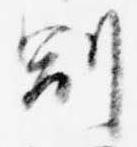
副